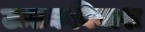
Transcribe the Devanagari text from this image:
ऊतकविनाश